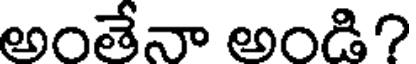
అంతేనా అండి?